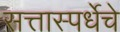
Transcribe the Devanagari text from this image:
सत्तास्पर्धेचे